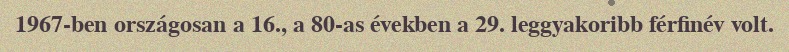
1967-ben országosan a 16., a 80-as években a 29. leggyakoribb férfinév volt.